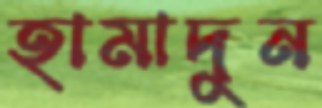
হামাদুন